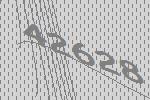
42628